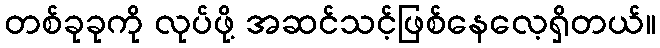
တစ်ခုခုကို လုပ်ဖို့ အဆင်သင့်ဖြစ်နေလေ့ရှိတယ်။